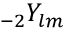
{ } _ { - 2 } Y _ { l m }